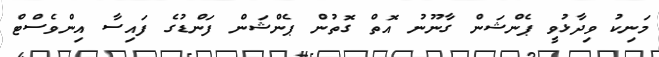
މަނިކު ވިދާޅުވީ ޕެންޝަން ގާނޫނު އޮތް ގޮތުން ޕެންޝަން ފަންޑުގެ ފައިސާ އިންވެސްޓް